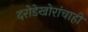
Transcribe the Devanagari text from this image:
दरोडेखोरांचाही